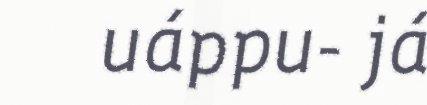
uáppu- já